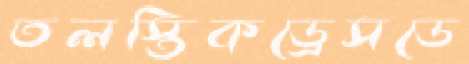
তলস্তিকড্রেসডে